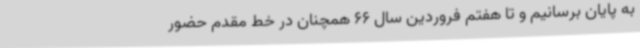
به پایان برسانیم و تا هفتم فروردین سال 66 همچنان در خط مقدم حضور